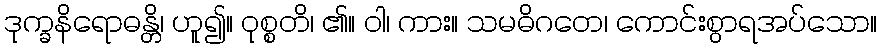
ဒုက္ခနိရောဓန္တိ၊ ဟူ၍။ ဝုစ္စတိ၊ ၏။ ဝါ၊ ကား။ သမဓိဂတေ၊ ကောင်းစွာရအပ်သော။